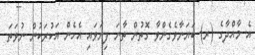
އެ މާއްދާގެ (ރ) ބަޔަނާވެގެންވާ ގޮތުން ތާނަ ފިޔަވައި އެހެން އަކުރަކުން ނުވަތަ